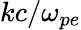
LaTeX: kc/\omega_{pe}